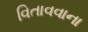
વિતાવવાના